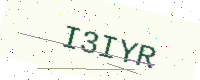
Text: I3IYR